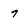
Character: 7